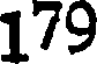
179